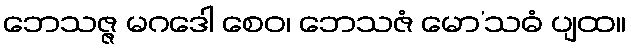
ဘေသဇ္ဇ မဂဒေါ စေဝ၊ ဘေသဇံ မော’သဓံ ပျထ။